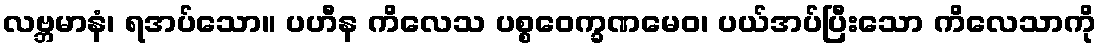
လဗ္ဘမာနံ၊ ရအပ်သော။ ပဟီန ကိလေသ ပစ္စဝေက္ခဏမေဝ၊ ပယ်အပ်ပြီးသော ကိလေသာကို